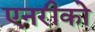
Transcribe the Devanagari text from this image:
एनरीको